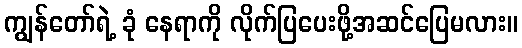
ကျွန်တော်ရဲ့ ခုံ နေရာကို လိုက်ပြပေးဖို့အဆင်ပြေမလား။